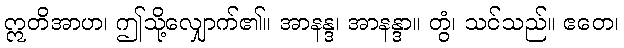
ဣတိအာဟ၊ ဤသို့လျှောက်၏။ အာနန္ဒ၊ အာနန္ဒာ။ တွံ၊ သင်သည်။ ဧတေ၊